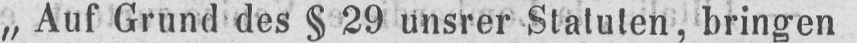
„Auf Grund des § 29 unsrer Statuten, bringen